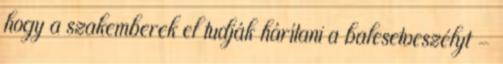
hogy a szakemberek el tudják hárítani a balesetveszélyt -